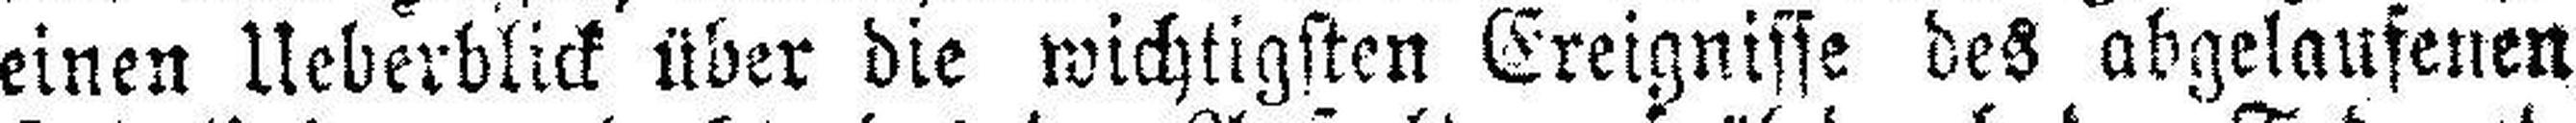
einen Ueberblick über die wichtigsten Ereignisse des abgelaufenen